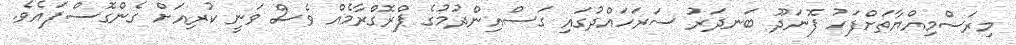
މިރަސްމިއްޔާތަށްފަހު ފޮނަދޫ ބަނދަރު ސަރަހައްދުގައި ގަސްއިންދުމުގެ ޕްރޮގްރާމެއް ވެސް ވަނީ ކުރިއަށް ގެންގޮސްފައެވެ.